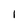
Character: 1